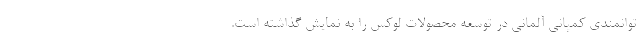
توانمندی کمپانی آلمانی در توسعه محصولات لوکس را به نمایش گذاشته است.